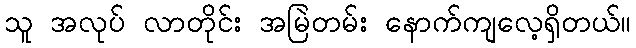
သူ အလုပ် လာတိုင်း အမြဲတမ်း နောက်ကျလေ့ရှိတယ်။